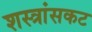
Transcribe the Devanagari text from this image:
शस्त्रांसकट